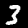
Label: 3